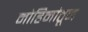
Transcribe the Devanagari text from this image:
मोहिमांतून